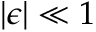
| \epsilon | \ll 1